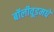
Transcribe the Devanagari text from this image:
बॉलीवूडमधे